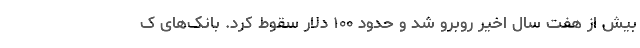
بیش از هفت سال اخیر روبرو شد و حدود ۱۰۰ دلار سقوط کرد. بانک‌های ک